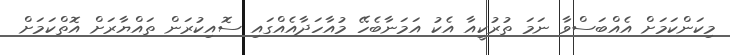
މިކަންކަމަށް އެއްބަސްވާ ނަމަ ތުރުކީއާ އެކު އަމަނާބެހޭ މުއާހަދާއެއްގައި ސޮއިކުރަން ތައްޔާރަށް އޮތްކަމަށް